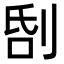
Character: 𠜜